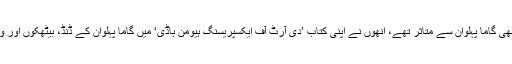
مشہور زمانہ مارشل آرٹ کھلاڑی اور اداکار بروس لی بھی گاما پہلوان سے متاثر تھے، انھوں نے اپنی کتاب ’دی آرٹ آف ایکسپریسنگ ہیومن باڈی‘ میں گاما پہلوان کے ڈنڈ، بیٹھکوں اور ورزش کے مختلف طریقے اپنانے کا تفصیلی ذکر کیا ہے۔